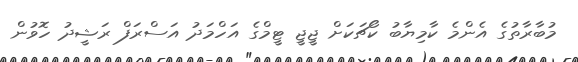
މުބާރާތުގެ އެންމެ ކާމިޔާބު ކޯޗަކަށް ޖީޖީ ޓީމްގެ އަހްމަދު އަސްރަފް ރަޝީދު ހޮވުން